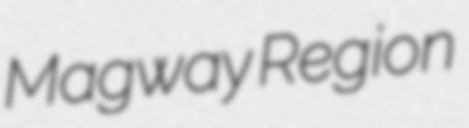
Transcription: Magway Region